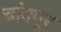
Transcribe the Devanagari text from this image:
चांदपूर